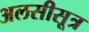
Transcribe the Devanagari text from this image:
अलसीसूत्र